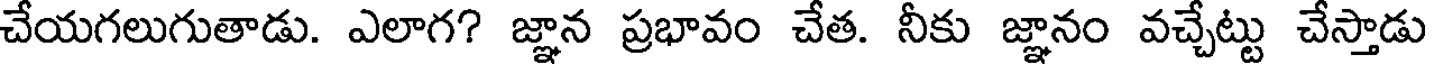
చేయగలుగుతాడు. ఎలాగ? జ్ఞాన ప్రభావం చేత. నీకు జ్ఞానం వచ్చేట్టు చేస్తాడు